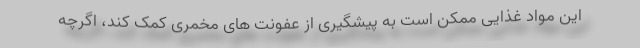
این مواد غذایی ممکن است به پیشگیری از عفونت های مخمری کمک کند، اگرچه